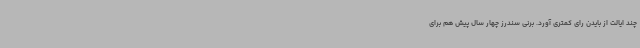
چند ایالت از بایدن رای کمتری آورد. برنی سندرز چهار سال پیش هم برای